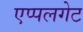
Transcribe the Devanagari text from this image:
एप्पलगेट